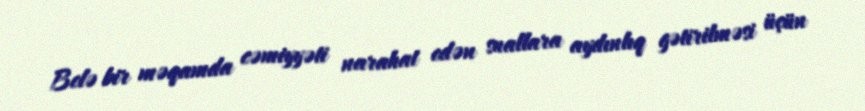
Belə bir məqamda cəmiyyəti narahat edən suallara aydınlıq gətirilməsi üçün